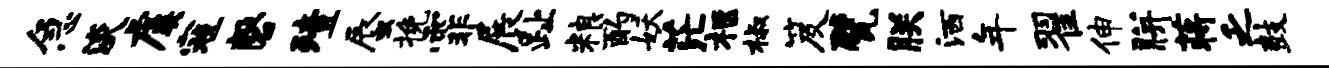
急淡虞寇磬殪蜃挽霏展趾粮酌妖茫柩椒笈甓朕洒年翟伸胼蒋乏鼓